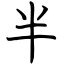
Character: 半